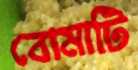
বোমাটি